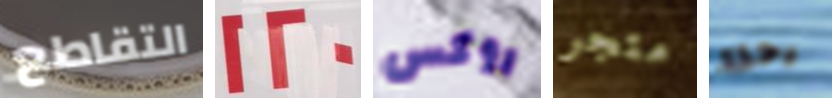
التقاطع 120 روكس متجر رحلة